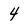
Character: 4